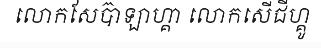
លោកសែប៊ាឡាហ្គា លោកសើជីហ្គូ